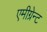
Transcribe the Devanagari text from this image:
एमीग्रेन्ट